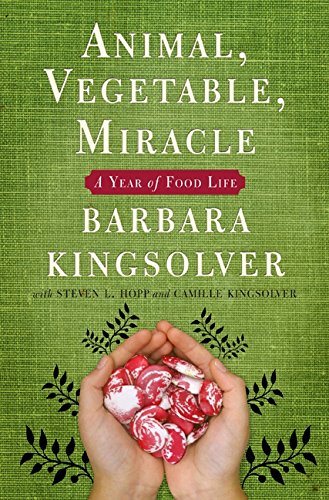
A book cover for Animal, Vegetable, Miracle: A Year of Food Life; Barbara Kingsolver; Cookbooks, Food & Wine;